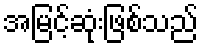
အမြင့်ဆုံးဖြစ်သည်